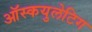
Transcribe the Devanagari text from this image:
ऑस्कयुलेटिग